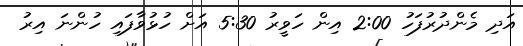
އަދި މެންދުރުފަހު 2:00 އިން ހަވީރު 5:30 އަށް ހުޅުވާފައި ހުންނަ އިރު